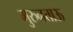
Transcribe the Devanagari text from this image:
मुरुनताऊ